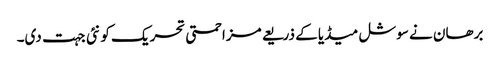
برھان نے سوشل میڈیا کے ذریعے مزاحمتی تحریک کو نئی جہت دی۔